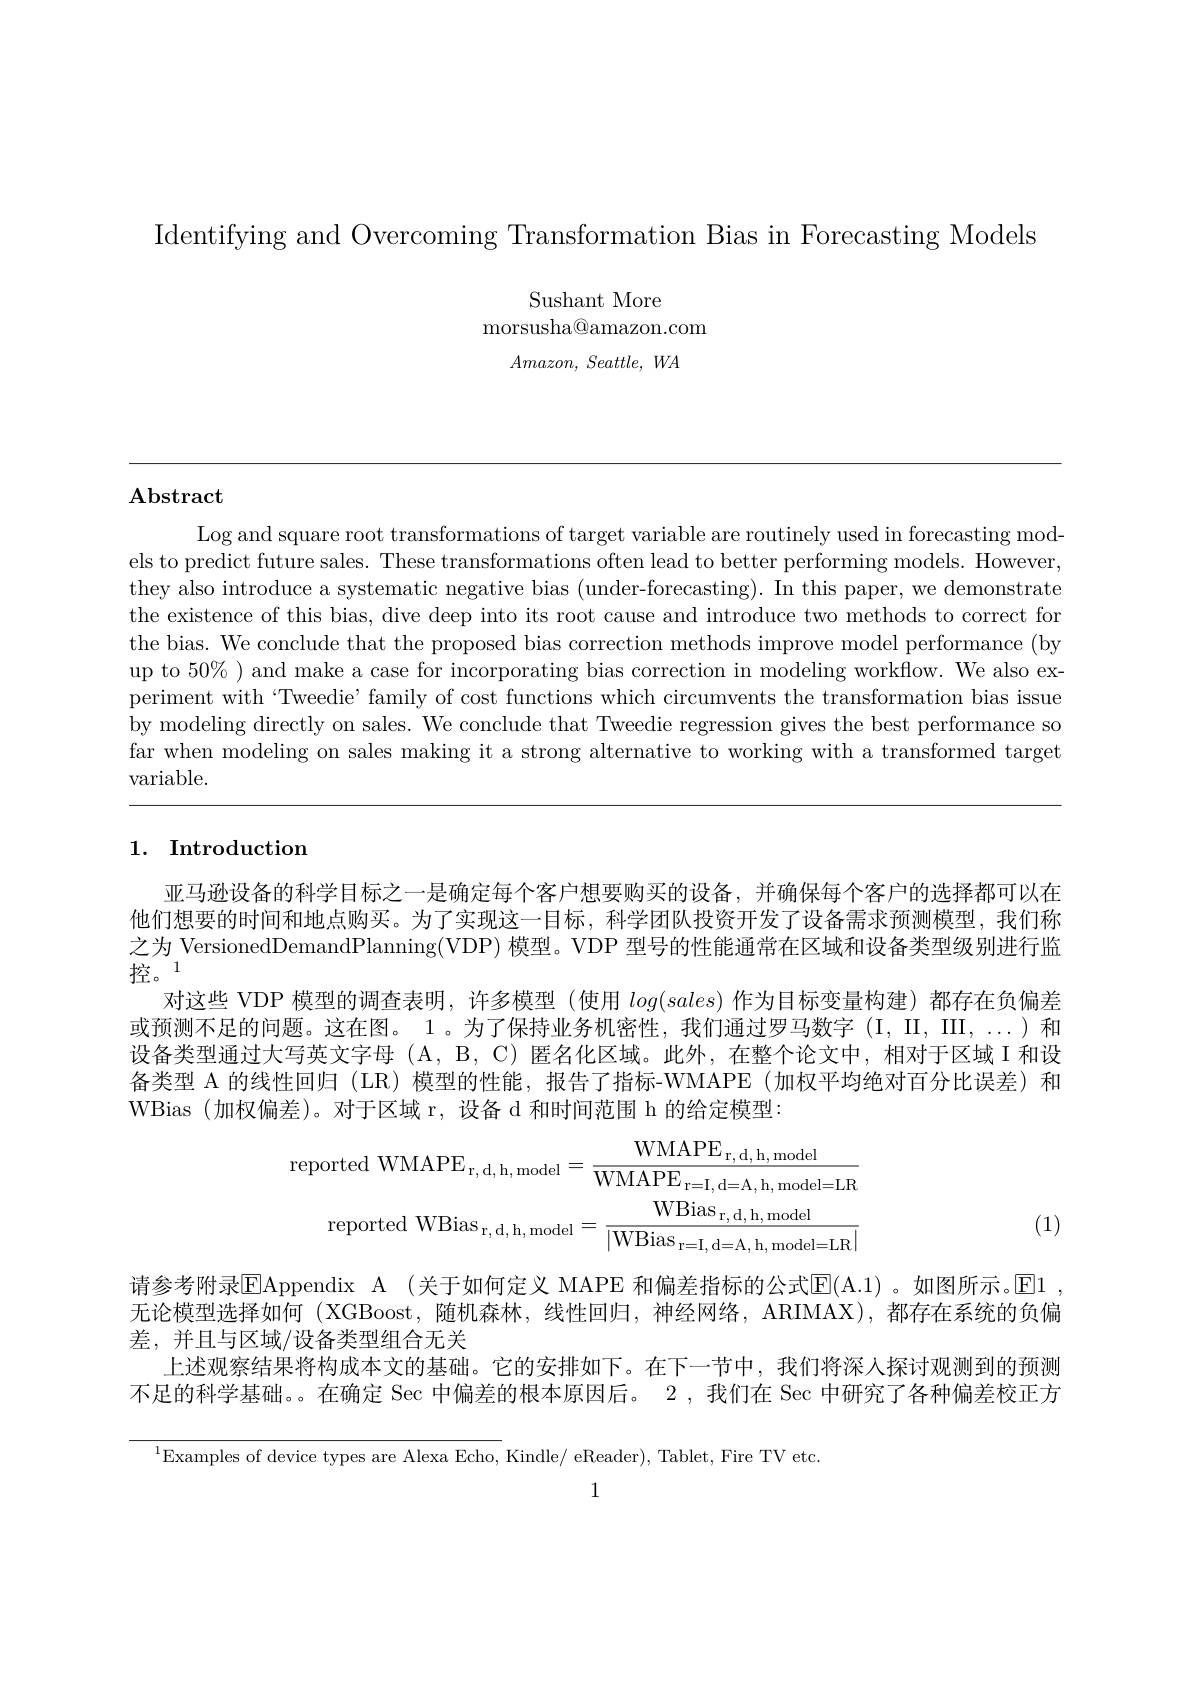
Identifying and Overcoming Transformation Bias in Forecasting Models

Sushant More
${\mathrm{morsusha@amazon.com}}$
$Amazon$, $Seattle$, $WA$

## $\mathbf{Abstract}$

Log and square root transformations of target variable are routinely used in forecasting mod-
els to predict future sales. These transformations often lead to better performing models. However, they also introduce a systematic negative bias (under-forecasting). In this paper, we demonstrate the existence of this bias, dive deep into its root cause and introduce two methods to correct for the bias. We conclude that the proposed bias correction methods improve model performance (by up to $50\%$ ) and make a case for incorporating bias correction in modeling workflow. We also experiment with“Tweedie’ family of cost functions which circumvents the transformation bias issue by modeling directly on sales. We conclude that Tweedie regression gives the best performance so far when modeling on sales making it a strong alternative to working with a transformed target variable.

### 1. Introduction

亚马逊设备的科学目标之一是确定每个客户想要购买的设备，并确保每个客户的选择都可以在他们想要的时间和地点购买。为了实现这一目标，科学团队投资开发了设备需求预测模型，我们称之为 VersionedDemandPlanning(VDP) 模型。VDP 型号的性能通常在区域和设备类型级别进行监控。1
对这些 VDP 模型的调查表明，许多模型 (使用$log(sales)$作为目标变量构建)都存在负偏差或预测不足的问题。这在图。1。为了保持业务机密性，我们通过罗马数字(I,II,III,...)和设备类型通过大写英文字母$(\mathcal{A},\mathcal{B},\mathcal{C})$匿名化区域。此外，在整个论文中，相对于区域 I 和设备类型 A 的线性回归 (LR) 模型的性能，报告了指标-WMAPE (加权平均绝对百分比误差)和WBias (加权偏差)。对于区域 r,设备 d 和时间范围 h 的给定模型：
$$\mathrm{reported~WMAPE_{r,~d,~h,~model}=\frac{WMAPE_{r,~d,~h,~model}}{WMAPE_{r=I,~d=A,~h,~model=LR}}}\\\mathrm{reported~WBias_{r,~d,~h,~model}=\frac{WBias_{r,~d,~h,~model}}{|WBias_{r=I,~d=A,~h,~model=LR}|}}$$
(1)

请参考附录$\mathbb{E}$Appendix A (关于如何定义 MAPE 和偏差指标的公式$\mathbb{E}(\mathcal{A}.1)$ 。如图所示。$\mathbb{E}$1无论模型选择如何 (XGBoost,随机森林，线性回归，神经网络，ARIMAX),都存在系统的负偏差，并且与区域/设备类型组合无关
上述观察结果将构成本文的基础。它的安排如下。在下一节中，我们将深人探讨观测到的预测不足的科学基础。。在确定 Sec 中偏差的根本原因后。2 ,我们在 Sec 中研究了各种偏差校正方

$^{1}$Examples of device types are Alexa Echo, Kindle/ eReader), Tablet, Fire TV etc

1